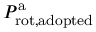
P _ { \mathrm { r o t , a d o p t e d } } ^ { \mathrm { a } }